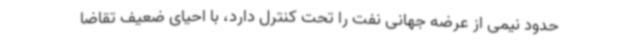
حدود نیمی از عرضه جهانی نفت را تحت کنترل دارد، با احیای ضعیف تقاضا